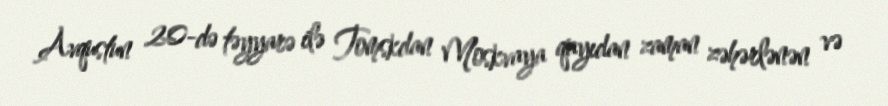
Avqustun 20-də təyyarə ilə Tomskdan Moskvaya qayıdan zaman zəhərlənən və